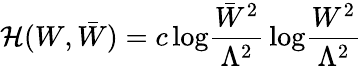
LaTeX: {\cal H}(W,\bar{W})=c\, \mathrm{log}\frac{\bar{W}^{2}}{\Lambda^{2}}\, \mathrm{log}\frac{W^{2}}{\Lambda^{2}}